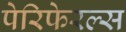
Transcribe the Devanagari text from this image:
पेरिफेरल्स